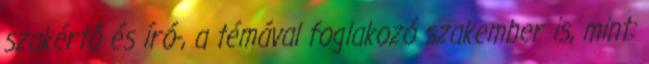
szakértő és író-, a témával foglakozó szakember is, mint: